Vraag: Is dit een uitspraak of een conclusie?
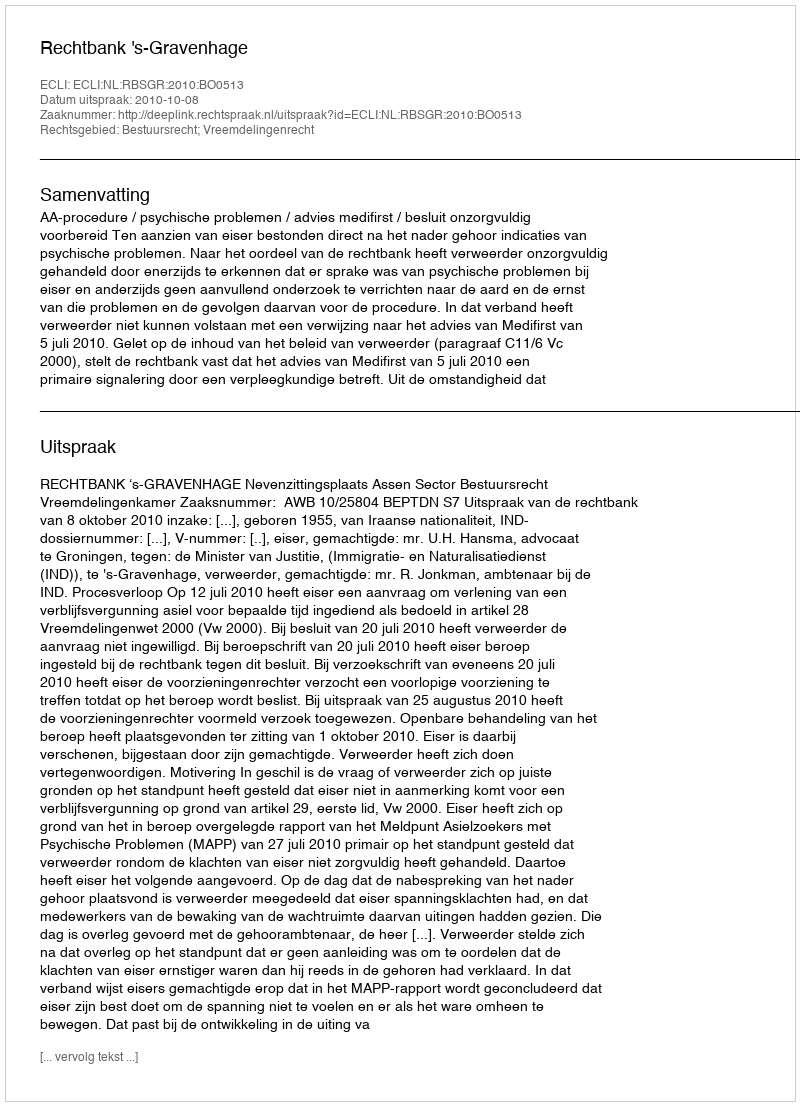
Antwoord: Uitspraak